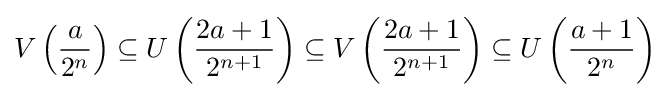
V\left({\frac {a}{2^{n}}}\right)\subseteq U\left({\frac {2a+1}{2^{n+1}}}\right)\subseteq V\left({\frac {2a+1}{2^{n+1}}}\right)\subseteq U\left({\frac {a+1}{2^{n}}}\right)